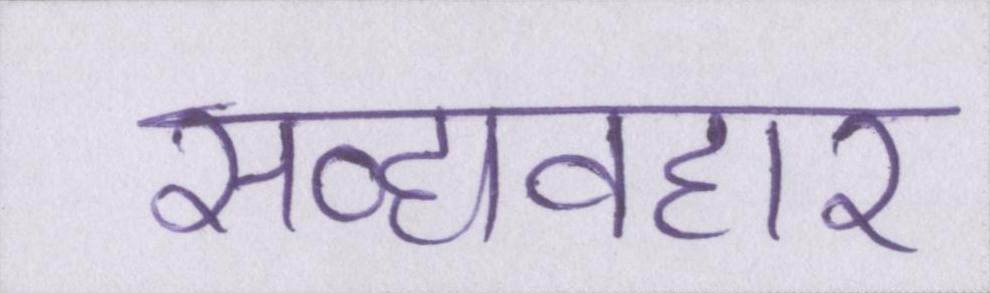
सद्व्यवहार